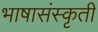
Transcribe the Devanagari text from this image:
भाषासंस्कृती